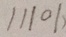
1 1 1 0 1 )